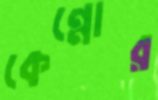
কেন্নোর